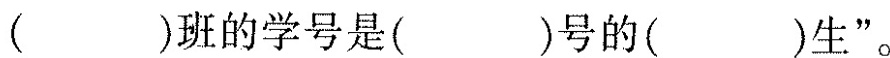
( )班的学号是( )号的( )生”。